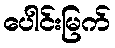
ပေါင်းမြက်